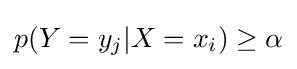
p(Y=y_{j}|X=x_{i})\geq \alpha